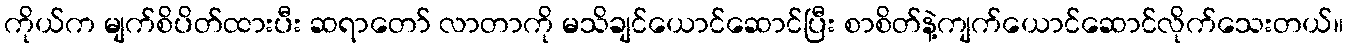
ကိုယ်က မျက်စိပိတ်ထားပီး ဆရာတော် လာတာကို မသိချင်ယောင်ဆောင်ပြီး စာစိတ်နဲ့ကျက်ယောင်ဆောင်လိုက်သေးတယ်။